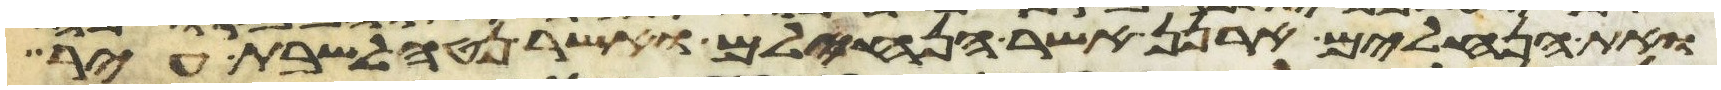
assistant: ואת הנחלים ארנן אשר הנחילם ואשר נטה לשבת עיר